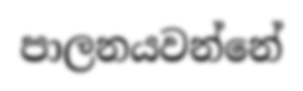
පාලනයවන්නේ